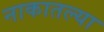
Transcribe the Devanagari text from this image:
नाकातल्या